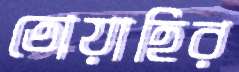
তোয়াহির